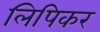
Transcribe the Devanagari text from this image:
लिपिकर